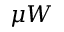
\mu W